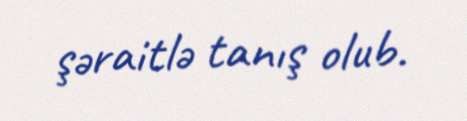
şəraitlə tanış olub.